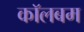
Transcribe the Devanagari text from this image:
कॉलबम